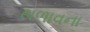
થળાવના